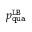
p _ { \mathtt { q u a } } ^ { \mathtt { L B } }